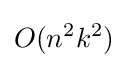
O(n^{2}k^{2})